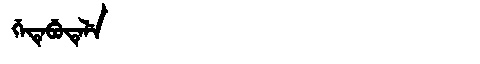
Manchu: ᡤᡝᡨᡝᠪᡠᡨᡝᠯᡝ
Romanization: GETEBUTELE